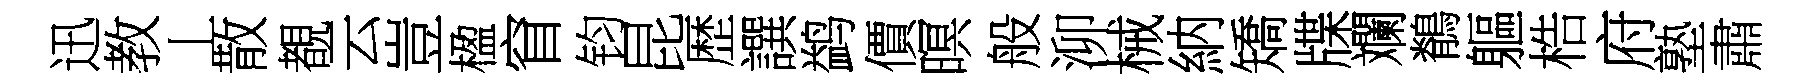
迅教丄散覩云豈楹窅钧昆歴譔鹢價暝般泖械納矯牒斕鶺軀梏府塾肅